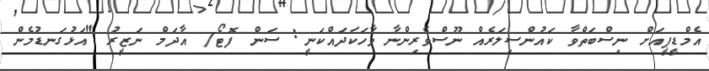
އެމްޑީޕީއަށް ނިސްބަތްވާ ކައުންސިލަރެއް ނޫސްވެރިންނާ ވާހަކަދައްކަނީ: ސަން ފޮޓޯ/ އާދަމް ނަޒީރު "އަޅުގަނޑުމެން